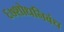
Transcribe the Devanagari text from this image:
६७शोधनिवंध